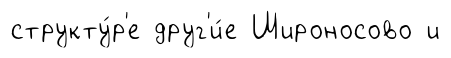
структу́р'е друг'и́е Широносово и